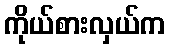
ကိုယ်စားလှယ်က